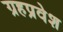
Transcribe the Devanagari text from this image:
ग्रहप्रवेश